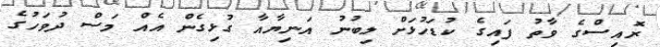
ރޮއިސްގެ ވާތު ފައިގެ ކުޑަހުޅަށް ލިބުނު އަނިޔާއާ ގުޅިގެން އެއް މަސް ދުވަހުގެ